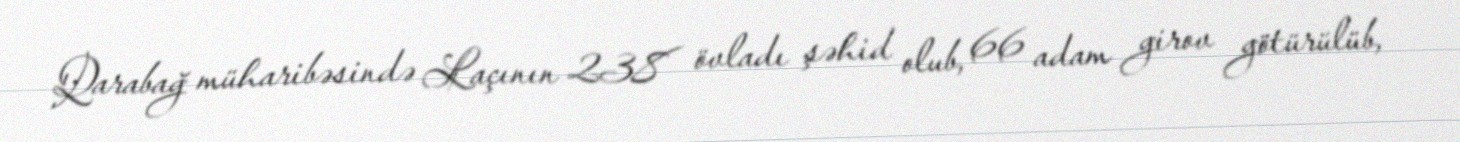
Qarabağ müharibəsində Laçının 238 övladı şəhid olub, 66 adam girov götürülüb,